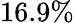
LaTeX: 16.9\%